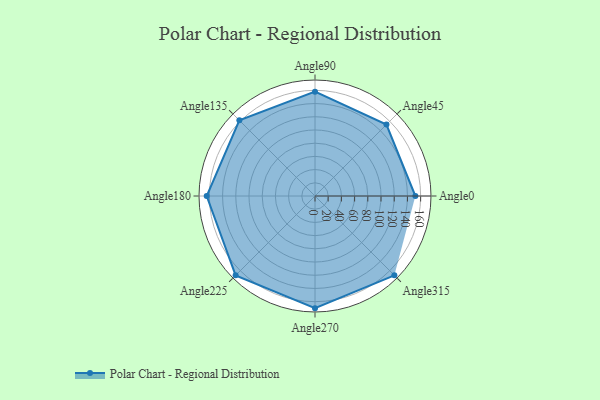
{"axis": {"x": "Angle", "y": "Radius"}, "legend": [""], "data": [{"x": "Angle0", "y": 152.0, "type": ""}, {"x": "Angle45", "y": 153.0, "type": ""}, {"x": "Angle90", "y": 158.0, "type": ""}, {"x": "Angle135", "y": 162.0, "type": ""}, {"x": "Angle180", "y": 164.0, "type": ""}, {"x": "Angle225", "y": 170, "type": ""}, {"x": "Angle270", "y": 170, "type": ""}, {"x": "Angle315", "y": 170, "type": ""}]}